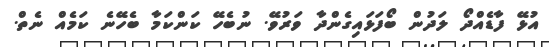
އުޅޭ ފާޑެއްދޯ ލަދުން ބޯފަޅައިގެންދާ ވަރުވޭ. ނުބެހޭ ކަންކަމާ ބެހޭނެ ކަމެއް ނެތް.